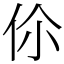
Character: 伱